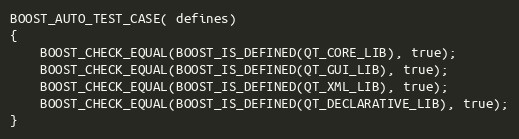
Language: C++
BOOST_AUTO_TEST_CASE( defines)
{
    BOOST_CHECK_EQUAL(BOOST_IS_DEFINED(QT_CORE_LIB), true);
    BOOST_CHECK_EQUAL(BOOST_IS_DEFINED(QT_GUI_LIB), true);
    BOOST_CHECK_EQUAL(BOOST_IS_DEFINED(QT_XML_LIB), true);
    BOOST_CHECK_EQUAL(BOOST_IS_DEFINED(QT_DECLARATIVE_LIB), true);
}